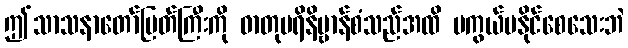
ဤသာသနာတော်မြတ်ကြီးကို ဓာတုပရိနိဗ္ဗာန်စံသည်အထိ မကွယ်ပနိုင်စေသေးဘဲ